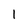
Character: 1